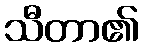
သီတာ၏